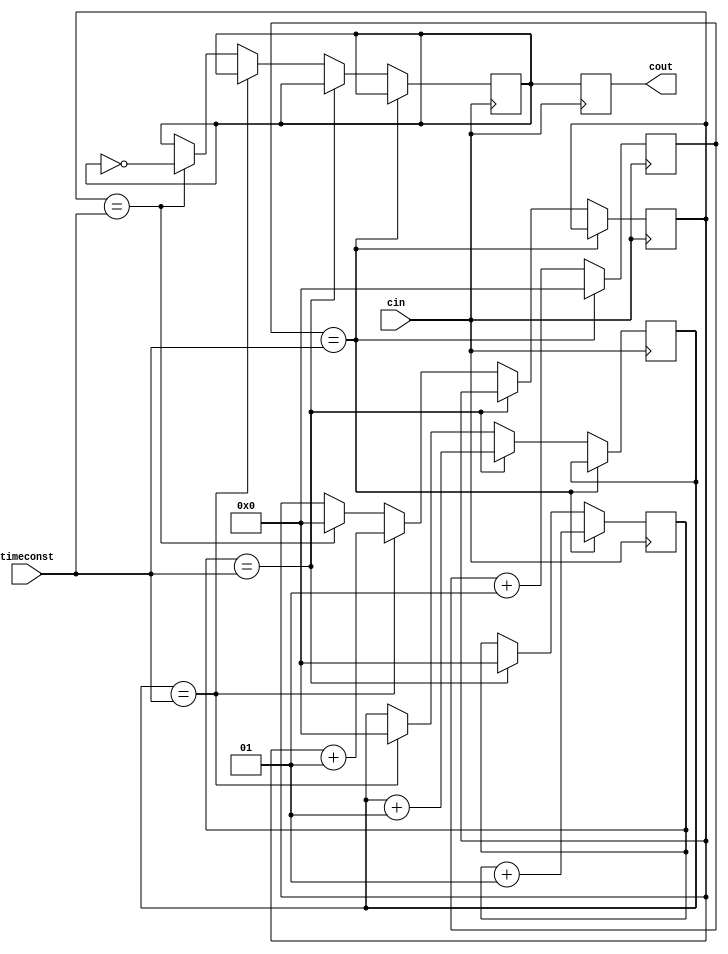
`timescale 1ns / 1ps
//////////////////////////////////////////////////////////////////////////////////
// Company: 
// Engineer: 
// 
// Design Name: 
// Module Name: clock_divider
// Project Name: 
// Target Devices: 
// Tool Versions: 
// Description: 
// 
// Dependencies: 
// 
// Revision:
// Revision 0.01 - File Created
// Additional Comments:
// 
//////////////////////////////////////////////////////////////////////////////////


module clock_divider(cout, cin, timeconst);
input cin;
output cout;
input [7:0] timeconst;

    integer count0;
    integer count1;
    integer count2;
    integer count3;
    reg d;
    reg cout;
    initial begin
    count0=0;
    count1=0;
    count2=0;
    count3=0;
    d = 0;
    end
    always @ (posedge cin )
    begin
    count0 <= (count0 + 1); if
    ((count0 == timeconst))
    begin
    count0 <= 0;
    count1 <= (count1 + 1);
    end
    else if ((count1 == timeconst))
    begin
    count1 <= 0;
    count2 <= (count2 + 1);
    end
    else if ((count2 == timeconst))
    begin
    count2 <= 0;
    count3 <= (count3 + 1);
    end
    else if ((count3 == timeconst))
    begin
    count3 <= 0;
    d <= ~ (d);
    end
    cout <= d;
    end // end always


endmodule